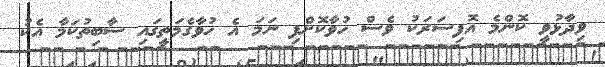
ވިދާޅުވީ ކޮންމެ އޮފިސަރަކު ވެސް ހުވާކޮށްފި ނަމަ އެ ހުވާގެމަތީގައި ސާބިތުކަމާ އެކު